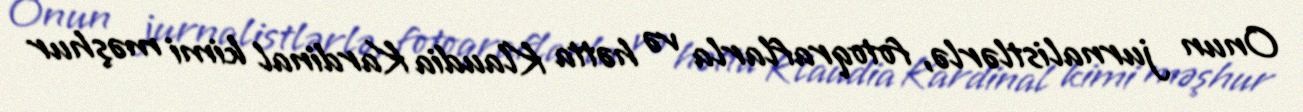
Onun jurnalistlərlə, fotoqraflarla və hətta Klaudia Kardinal kimi məşhur